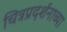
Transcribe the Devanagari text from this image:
चित्रप्रदर्शनाच्या